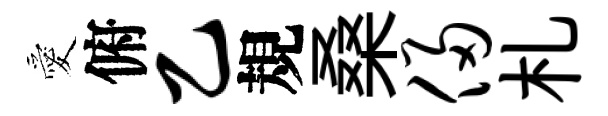
愛俯乙規桑侵札